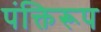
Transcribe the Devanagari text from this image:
पंक्तिरूप